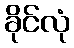
ခိုင်လုံ